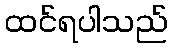
ထင်ရပါသည်